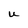
Character: U